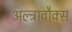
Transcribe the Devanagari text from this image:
अल्ट्रावौक्स